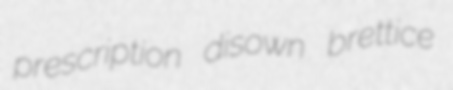
prescription disown brettice